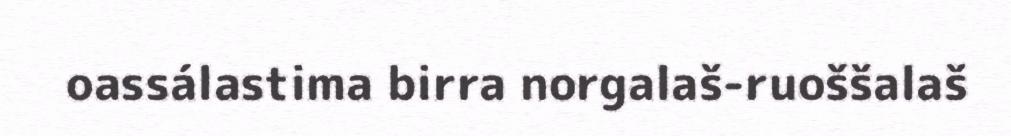
oassálastima birra norgalaš-ruoššalaš